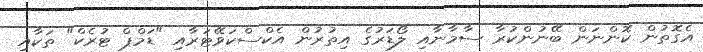
އެގޮތުން ކޮންނަން ބޭނުންކުރާ ސާމާނާއި ލޯޑަރުގެ އިތުރުން އެކްސްކަވޭޓަރާއި "ޑަމްޕް ޓުރެކް" ތަކާއި